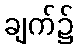
ချက်၌